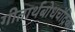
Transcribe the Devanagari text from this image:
गीतार्थबोधचंद्रिका